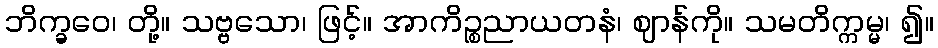
ဘိက္ခဝေ၊ တို့။ သဗ္ဗသော၊ ဖြင့်။ အာကိဉ္စညာယတနံ၊ ဈာန်ကို။ သမတိက္ကမ္မ၊ ၍။